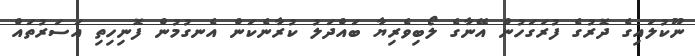
ނޫކުލައިގެ ދޮރުގެ ފުރަގަހުން އޭނާގެ ލޯބިވެރިޔާ ބައްދަލު ކުރާނެކަން އެނގުމުން ފޮނިހިތި އަސަރުތައް